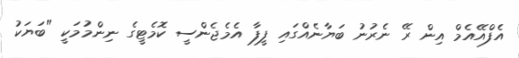
އެފްއޭއެމް އިން ރޭ ނެރުނު ބަޔާނެއްގައި ފީފާ އެމެޖެންސީ ކޮމެޓީގެ ނިންމުމަކީ "ބަޔަކު